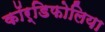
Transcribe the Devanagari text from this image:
कॉर्डिफोलिया